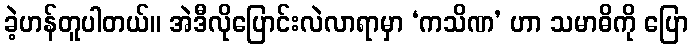
ခဲ့ဟန်တူပါတယ်။ အဲဒီလိုပြောင်းလဲလာရာမှာ ‘ကသိဏ’ ဟာ သမာဓိကို ပြော